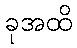
ခုအထိ